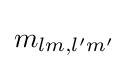
{m_{lm,l'm'}}